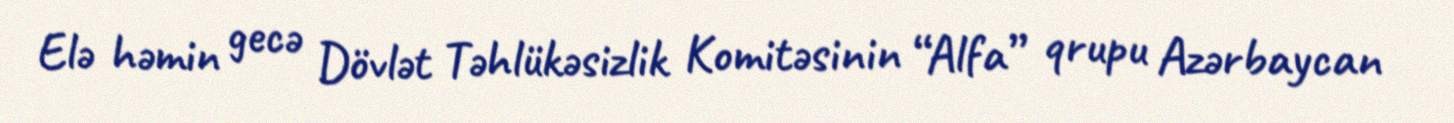
Elə həmin gecə Dövlət Təhlükəsizlik Komitəsinin “Alfa” qrupu Azərbaycan